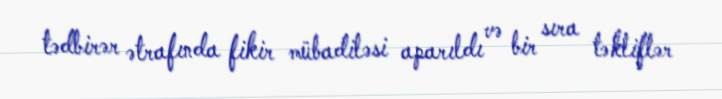
tədbirər ətrafında fikir mübadiləsi aparıldı və bir sıra təkliflər